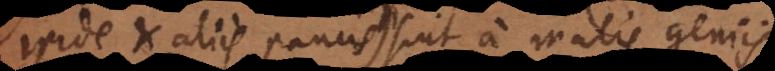
iride et aliis paucis) sint a malis geniis.